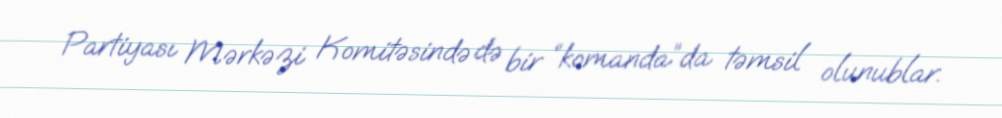
Partiyası Mərkəzi Komitəsində də bir “komanda”da təmsil olunublar.